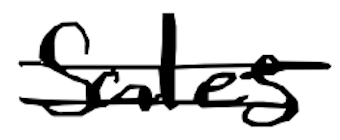
Text: sales
Cross-out: double-line
Writing tool: digital_black